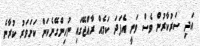
އަދި ސަރުކާރުން ވެސް ވަނީ އެފަދަ ކަމެއް ރާއްޖޭގައި ނުހިންގޭނެކަން ކަށަވަރު ކުރާނެ